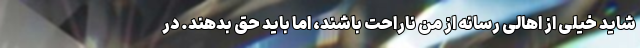
شاید خیلی از اهالی رسانه از من ناراحت باشند، اما باید حق بدهند. در